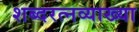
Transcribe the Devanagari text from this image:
शब्दरत्नव्याख्या